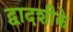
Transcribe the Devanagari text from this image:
द्वादशीके